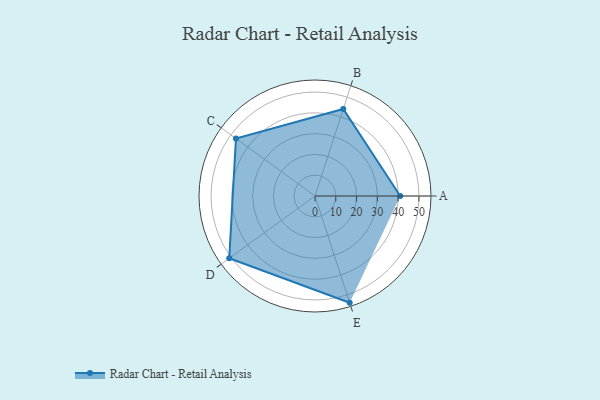
{"axis": {"x": "Skill", "y": "Score"}, "legend": ["Profile"], "data": [{"x": "A", "y": 41.0, "type": "Profile"}, {"x": "B", "y": 44.0, "type": "Profile"}, {"x": "C", "y": 47.0, "type": "Profile"}, {"x": "D", "y": 51.0, "type": "Profile"}, {"x": "E", "y": 54.0, "type": "Profile"}]}